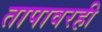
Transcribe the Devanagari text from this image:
तापावरही